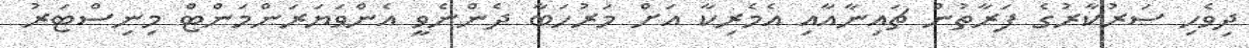
ދިވެހި ސަރުކާރުގެ ފަރާތުން ޗައިނާއާއި އެމެރިކާ އަށް މަރުހަބާ ދެންނެވީ އެންވަޔަރަންމަންޓް މިނިސްޓަރު